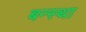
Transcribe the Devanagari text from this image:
बन्स्था